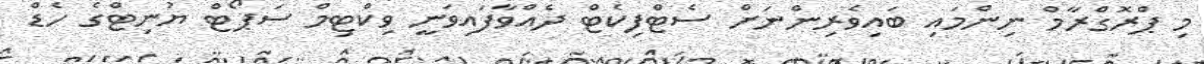
މި ޕްރޮގްރާމް ނިންމައި ބައިވެރިންނަށް ސެޓްފިކެޓް ދެއްވާފައިވަނީ ވިކްޓިމް ސަޕޯޓް ޔުނިޓްގެ ހެޑް